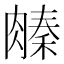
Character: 𬛌